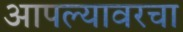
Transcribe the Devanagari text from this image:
आपल्यावरचा